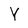
Character: Y